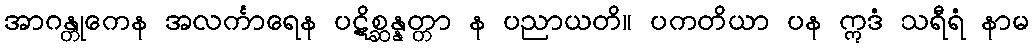
အာဂန္တုကေန အလင်္ကာရေန ပဋိစ္ဆန္နတ္တာ န ပညာယတိ။ ပကတိယာ ပန ဣဒံ သရီရံ နာမ